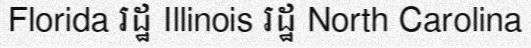
Florida រដ្ឋ Illinois រដ្ឋ North Carolina